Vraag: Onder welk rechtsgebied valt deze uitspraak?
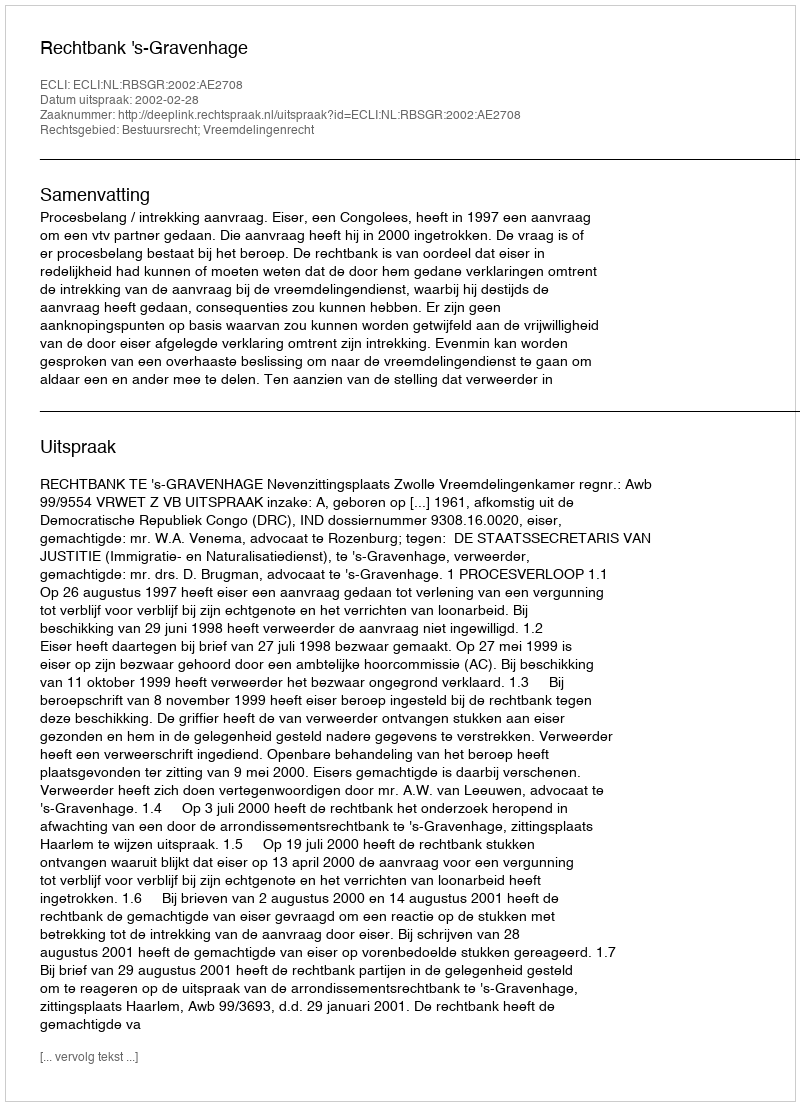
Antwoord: Bestuursrecht; Vreemdelingenrecht